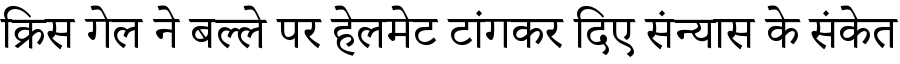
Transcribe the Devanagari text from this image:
क्रिस गेल ने बल्ले पर हेलमेट टांगकर दिए संन्यास के संकेत